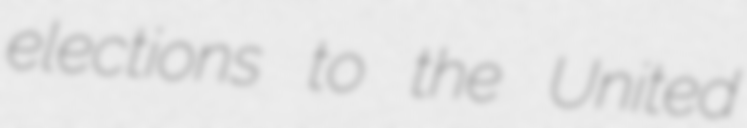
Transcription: elections to the United